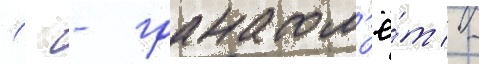
(- - гранатом'ё́т -